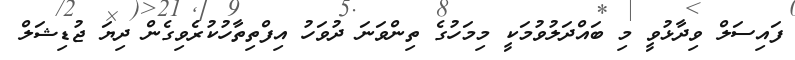
ފައިސަލް ވިދާޅުވީ މި ބައްދަލުވުމަކީ މިމަހުގެ ތިންވަނަ ދުވަހު އިފްތިތާހުކުރެވިގެން ދިޔަ ޖުޑިޝަލް